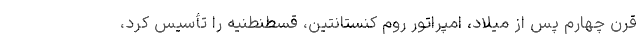
قرن چهارم پس از میلاد، امپراتور روم کنستانتین، قسطنطنیه را تأسیس کرد،